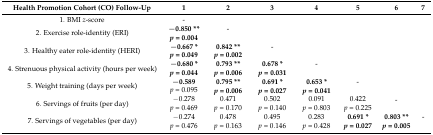
| Health Promotion Cohort (CO) Follow-Up | 1 | 2 | 3 | 4 | 5 | 6 | 7 |
 | --- | --- | --- | --- | --- | --- | --- | --- |
 | 1. BMI z-score | - |  |  |  |  |  |  |
 | <ROWSPAN=2> 2. Exercise role-identity (ERI) | <ROWSPAN=2> −0.850 **p = 0.004 | - |  |  |  |  |  |
 | <ROWSPAN=2> 3. Healthy eater role-identity (HERI) | <ROWSPAN=2> −0.667 *p = 0.049 | <ROWSPAN=2> 0.842 **p = 0.002 | - |  |  |  |  |
 | <ROWSPAN=2> 4. Strenuous physical activity (hours per week) | <ROWSPAN=2> −0.680 *p = 0.044 | <ROWSPAN=2> 0.793 **p = 0.006 | <ROWSPAN=2> 0.678 *p = 0.031 | - |  |  |  |
 | <ROWSPAN=2> 5. Weight training(days per week) | <ROWSPAN=2> −0.589p = 0.095 | <ROWSPAN=2> 0.795 **p = 0.006 | <ROWSPAN=2> 0.691 *p = 0.027 | <ROWSPAN=2> 0.653 *p = 0.041 | - |  |  |
 | <ROWSPAN=2> 6. Servings of fruits(per day) | <ROWSPAN=2> −0.278p = 0.469 | <ROWSPAN=2> 0.471p = 0.170 | <ROWSPAN=2> 0.502p = 0.140 | <ROWSPAN=2> 0.091p = 0.803 | <ROWSPAN=2> 0.422p = 0.225 | - |  |
 | <ROWSPAN=2> 7. Servings of vegetables (per day) | <ROWSPAN=2> −0.274p = 0.476 | <ROWSPAN=2> 0.478p = 0.163 | <ROWSPAN=2> 0.495p = 0.146 | <ROWSPAN=2> 0.283p = 0.428 | <ROWSPAN=2> 0.691 *p = 0.027 | <ROWSPAN=2> 0.803 **p = 0.005 | - |